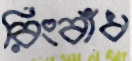
রিংবাঁধ